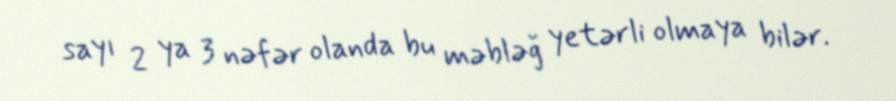
sayı 2 ya 3 nəfər olanda bu məbləğ yetərli olmaya bilər.